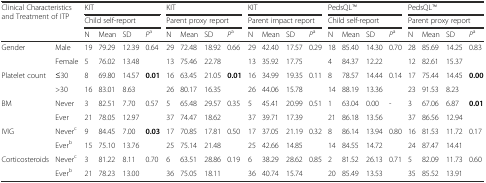
<table><thead><tr><td colspan="2" rowspan="3"><b>Clinical Characteristics and Treatment of ITP</b></td><td colspan="4"><b>KIT</b></td><td colspan="4"><b>KIT</b></td><td colspan="4"><b>KIT</b></td><td colspan="4"><b>PedsQLTM</b></td><td colspan="4"><b>PedsQLTM</b></td></tr><tr><td colspan="4"><b>Child self-report</b></td><td colspan="4"><b>Parent proxy report</b></td><td colspan="4"><b>Parent impact report</b></td><td colspan="4"><b>Child self-report</b></td><td colspan="4"><b>Parent proxy report</b></td></tr><tr><td><b>N</b></td><td><b>Mean</b></td><td><b>SD</b></td><td><b><i>P</i><sup>a</sup></b></td><td><b>N</b></td><td><b>Mean</b></td><td><b>SD</b></td><td><b><i>P</i><sup>a</sup></b></td><td><b>N</b></td><td><b>Mean</b></td><td><b>SD</b></td><td><b><i>P</i><sup>a</sup></b></td><td><b>N</b></td><td><b>Mean</b></td><td><b>SD</b></td><td><b><i>P</i><sup>a</sup></b></td><td><b>N</b></td><td><b>Mean</b></td><td><b>SD</b></td><td><b><i>P</i><sup>a</sup></b></td></tr></thead><tbody><tr><td rowspan="2">Gender</td><td>Male</td><td>19</td><td>79.29</td><td>12.39</td><td>0.64</td><td>29</td><td>72.48</td><td>18.92</td><td>0.66</td><td>29</td><td>42.40</td><td>17.57</td><td>0.29</td><td>18</td><td>85.40</td><td>14.30</td><td>0.70</td><td>28</td><td>85.69</td><td>14.25</td><td>0.83</td></tr><tr><td>Female</td><td>5</td><td>76.02</td><td>13.48</td><td>[EMPTY_CELL]</td><td>13</td><td>75.46</td><td>22.78</td><td>[EMPTY_CELL]</td><td>13</td><td>35.92</td><td>17.75</td><td>[EMPTY_CELL]</td><td>4</td><td>84.37</td><td>12.22</td><td>[EMPTY_CELL]</td><td>12</td><td>82.61</td><td>15.37</td><td>[EMPTY_CELL]</td></tr><tr><td rowspan="2">Platelet count</td><td>≤30</td><td>8</td><td>69.80</td><td>14.57</td><td><b>0.01</b></td><td>16</td><td>63.45</td><td>21.05</td><td><b>0.01</b></td><td>16</td><td>34.99</td><td>19.35</td><td>0.11</td><td>8</td><td>78.57</td><td>14.44</td><td>0.14</td><td>17</td><td>75.44</td><td>14.45</td><td><b>0.00</b></td></tr><tr><td>&gt;30</td><td>16</td><td>83.01</td><td>8.63</td><td>[EMPTY_CELL]</td><td>26</td><td>80.17</td><td>16.35</td><td>[EMPTY_CELL]</td><td>26</td><td>44.06</td><td>15.78</td><td>[EMPTY_CELL]</td><td>14</td><td>88.19</td><td>13.36</td><td>[EMPTY_CELL]</td><td>23</td><td>91.53</td><td>8.23</td><td>[EMPTY_CELL]</td></tr><tr><td rowspan="2">BM</td><td>Never</td><td>3</td><td>82.51</td><td>7.70</td><td>0.57</td><td>5</td><td>65.48</td><td>29.57</td><td>0.35</td><td>5</td><td>45.41</td><td>20.99</td><td>0.51</td><td>1</td><td>63.04</td><td>0.00</td><td>-</td><td>3</td><td>67.06</td><td>6.87</td><td><b>0.01</b></td></tr><tr><td>Ever</td><td>21</td><td>78.05</td><td>12.97</td><td>[EMPTY_CELL]</td><td>37</td><td>74.47</td><td>18.62</td><td>[EMPTY_CELL]</td><td>37</td><td>39.71</td><td>17.39</td><td>[EMPTY_CELL]</td><td>21</td><td>86.18</td><td>13.56</td><td>[EMPTY_CELL]</td><td>37</td><td>86.56</td><td>12.94</td><td>[EMPTY_CELL]</td></tr><tr><td rowspan="2">IVIG</td><td>Never<sup>c</sup></td><td>9</td><td>84.45</td><td>7.00</td><td><b>0.03</b></td><td>17</td><td>70.85</td><td>17.81</td><td>0.50</td><td>17</td><td>37.05</td><td>21.19</td><td>0.32</td><td>8</td><td>86.14</td><td>13.94</td><td>0.80</td><td>16</td><td>81.53</td><td>11.72</td><td>0.17</td></tr><tr><td>Ever<sup>b</sup></td><td>15</td><td>75.10</td><td>13.76</td><td>[EMPTY_CELL]</td><td>25</td><td>75.14</td><td>21.48</td><td>[EMPTY_CELL]</td><td>25</td><td>42.66</td><td>14.85</td><td>[EMPTY_CELL]</td><td>14</td><td>84.55</td><td>14.72</td><td>[EMPTY_CELL]</td><td>24</td><td>87.47</td><td>14.41</td><td>[EMPTY_CELL]</td></tr><tr><td rowspan="2">Corticosteroids</td><td>Never<sup>c</sup></td><td>3</td><td>81.22</td><td>8.11</td><td>0.70</td><td>6</td><td>63.51</td><td>28.86</td><td>0.19</td><td>6</td><td>38.29</td><td>28.62</td><td>0.85</td><td>2</td><td>81.52</td><td>26.13</td><td>0.71</td><td>5</td><td>82.09</td><td>11.73</td><td>0.60</td></tr><tr><td>Ever<sup>b</sup></td><td>21</td><td>78.23</td><td>13.00</td><td>[EMPTY_CELL]</td><td>36</td><td>75.05</td><td>18.11</td><td>[EMPTY_CELL]</td><td>36</td><td>40.74</td><td>15.74</td><td>[EMPTY_CELL]</td><td>20</td><td>85.49</td><td>13.53</td><td>[EMPTY_CELL]</td><td>35</td><td>85.52</td><td>13.91</td><td>[EMPTY_CELL]</td></tr></tbody></table>